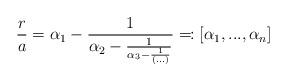
LaTeX: \begin{align*}\frac ra = \alpha_1 - \frac{1}{\alpha_2-\frac{1}{\alpha_3-\frac{1}{(...)}}} \eqqcolon [\alpha_1,...,\alpha_n] \end{align*}